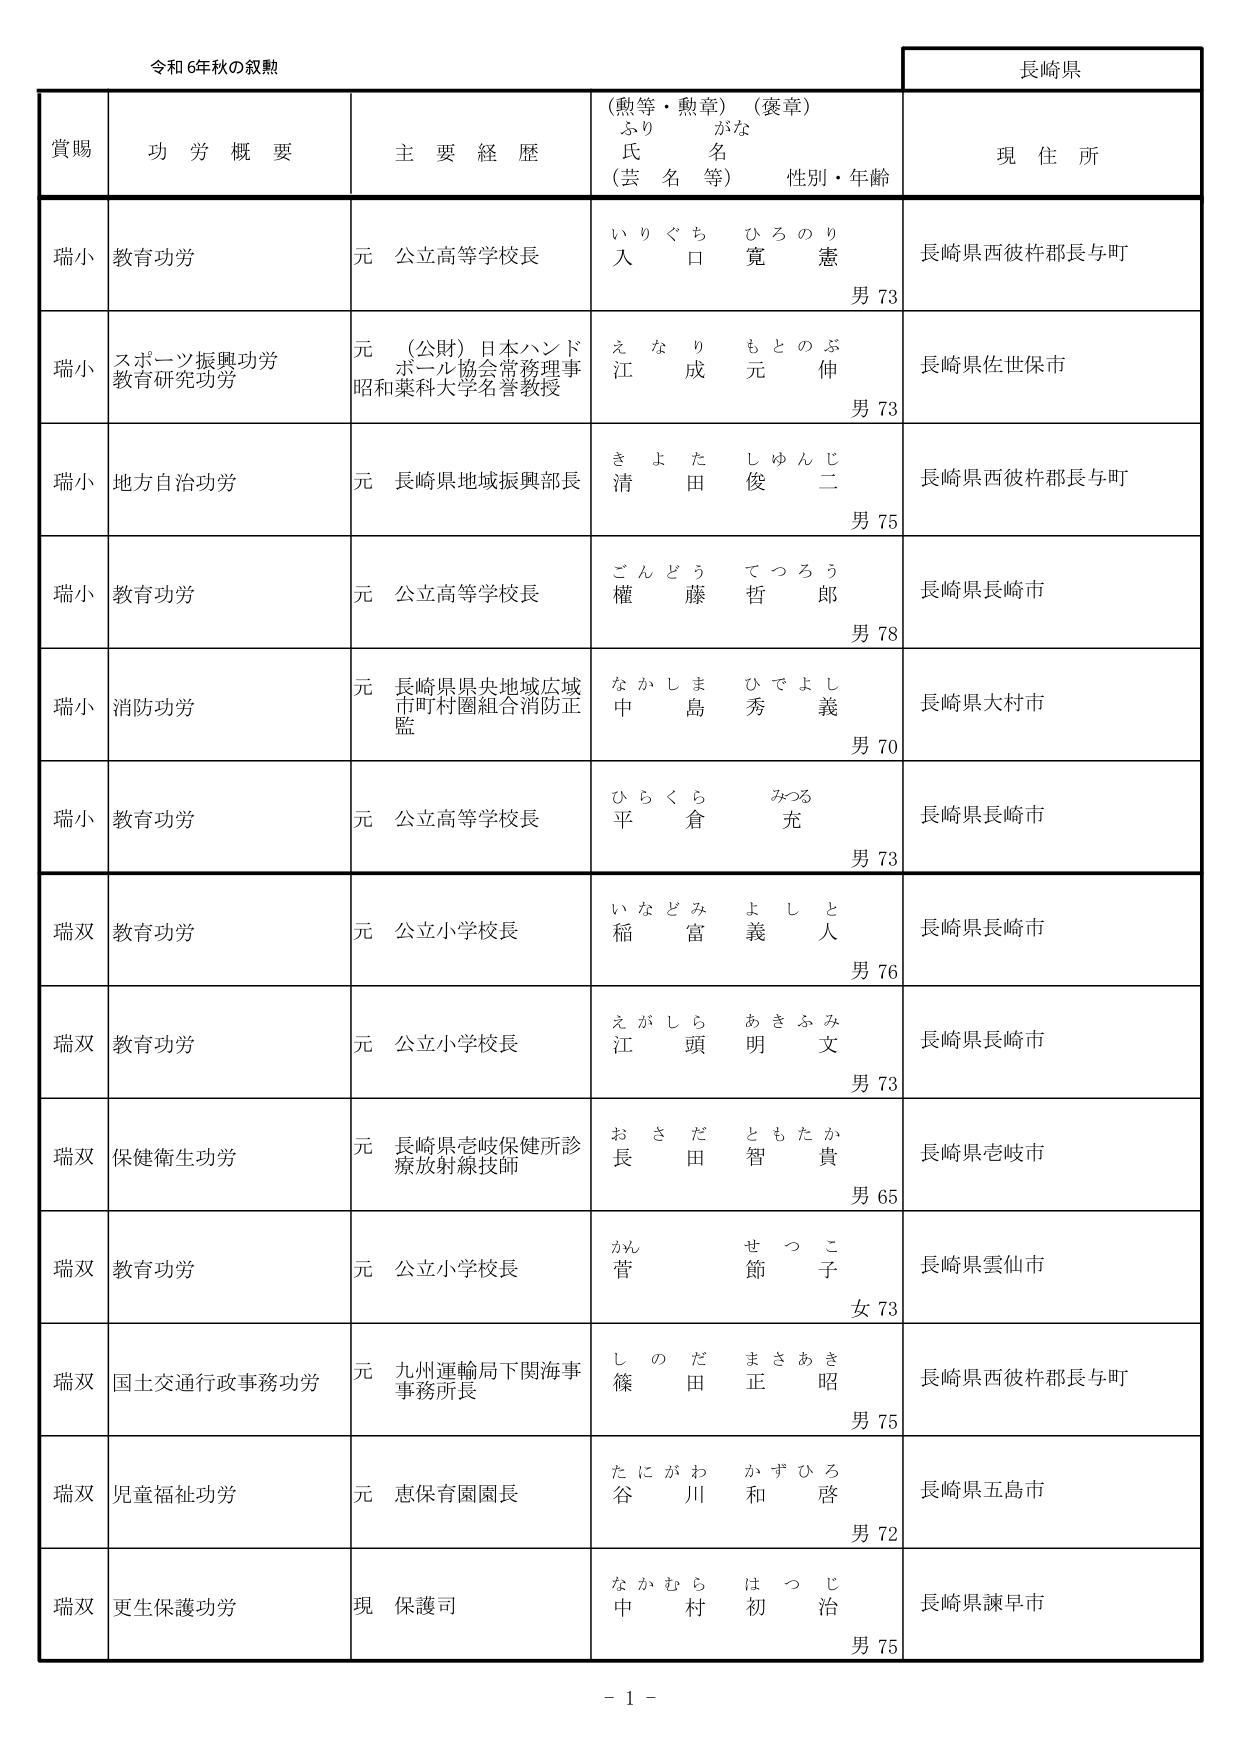
令和6年秋の叙勲

長崎県

賞賜　　功労概要　　主要経歴　　（勲等・勲章）（褒章）　　現住所
　　　　　　　　　　　　　ふりがな　　　　　　　　　　　　　　　
　　　　　　　　　　　　　氏名　　　　　　　　　　　　　　　　　
　　　　　　　　　　　　　（芸名等）　　性別・年齢

瑞小　教育功労　　元 公立高等学校長　　いりぐち ひろのり　入口 寛憲　　男 73　　長崎県西彼杵郡長与町

瑞小　スポーツ振興功労　　元 （公財）日本ハンドボール協会常務理事　　えなり もとのぶ　江成 元伸　　男 73　　長崎県佐世保市
　　　教育研究功労　　　　昭和薬科大学名誉教授

瑞小　地方自治功労　　元 長崎県地域振興部長　　きよた しゅんじ　清田 俊二　　男 75　　長崎県西彼杵郡長与町

瑞小　教育功労　　元 公立高等学校長　　ごんどう てつろう　權藤 哲郎　　男 78　　長崎県長崎市

瑞小　消防功労　　元 長崎県県央地域広域市町村圏組合消防正監　　なかしま ひでよし　中島 秀義　　男 70　　長崎県大村市

瑞小　教育功労　　元 公立高等学校長　　ひらくら みつる　平倉 充　　男 73　　長崎県長崎市

瑞双　教育功労　　元 公立小学校長　　いなどみ よしと　稲富 義人　　男 76　　長崎県長崎市

瑞双　教育功労　　元 公立小学校長　　えがしら あきふみ　江頭 明文　　男 73　　長崎県長崎市

瑞双　保健衛生功労　　元 長崎県壱岐保健所診療放射線技師　　おさだ ともたか　長田 智貴　　男 65　　長崎県壱岐市

瑞双　教育功労　　元 公立小学校長　　かん せつこ　菅 節子　　女 73　　長崎県雲仙市

瑞双　国土交通行政事務功労　　元 九州運輸局下関海事事務所長　　しのだ まさあき　篠田 正昭　　男 75　　長崎県西彼杵郡長与町

瑞双　児童福祉功労　　元 恵保育園園長　　たにがわ かずひろ　谷川 和啓　　男 72　　長崎県五島市

瑞双　更生保護功労　　現 保護司　　なかむら はつじ　中村 初治　　男 75　　長崎県諫早市

－ 1 －